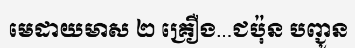
មេដាយមាស ២ គ្រឿង...ជប៉ុន បញ្ជូន